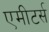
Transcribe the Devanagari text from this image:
एमीटर्स